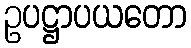
ဥပဋ္ဌာပယတော